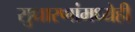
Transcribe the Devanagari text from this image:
सुधारणांमध्येही